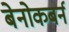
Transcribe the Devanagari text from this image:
बेनोकबर्न